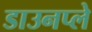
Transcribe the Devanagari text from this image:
डाउनप्ले